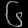
Digit: ၆